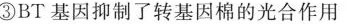
③BT 基因抑制了转基因棉的光合作用